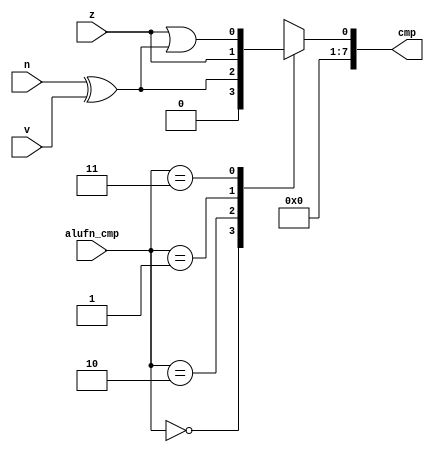
/*
   This file was generated automatically by the Mojo IDE version B1.3.6.
   Do not edit this file directly. Instead edit the original Lucid source.
   This is a temporary file and any changes made to it will be destroyed.
*/

module comparer_6 (
    input [1:0] alufn_cmp,
    input z,
    input v,
    input n,
    output reg [7:0] cmp
  );
  
  
  
  always @* begin
    cmp[1+6-:7] = 8'h00;
    
    case (alufn_cmp)
      2'h0: begin
        cmp[0+0-:1] = 1'h0;
      end
      2'h2: begin
        cmp[0+0-:1] = n ^ v;
      end
      2'h1: begin
        cmp[0+0-:1] = z;
      end
      2'h3: begin
        cmp[0+0-:1] = z | (n ^ v);
      end
      default: begin
        cmp[0+0-:1] = 1'h0;
      end
    endcase
  end
endmodule